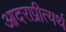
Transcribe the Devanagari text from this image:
आदराप्रीत्यर्थ